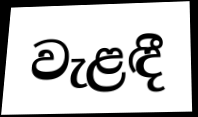
වැළඳී